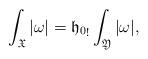
LaTeX: \begin{align*}\int_{\mathfrak X}|\omega|= {\mathfrak h_0}_!\int_{\mathfrak Y}|\omega|, \end{align*}